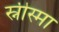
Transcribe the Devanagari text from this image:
स्नीस्मा